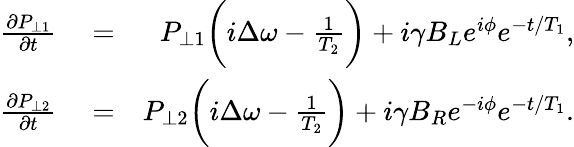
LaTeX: \begin{array}{rlr}{\frac{\partial P_{\perp 1}}{\partial t}}&{{}=}&{P_{\perp 1}\bigg(i\Delta\omega-\frac{1}{T_{2}}\bigg)+i\gamma B_{L}e^{i\phi}e^{-t/T_{1}},}\\ {\frac{\partial P_{\perp 2}}{\partial t}}&{{}=}&{P_{\perp 2}\bigg(i\Delta\omega-\frac{1}{T_{2}}\bigg)+i\gamma B_{R}e^{-i\phi}e^{-t/T_{1}}.}\end{array}